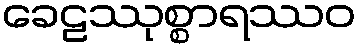
ခေဠဿုစ္စာရဿဝ